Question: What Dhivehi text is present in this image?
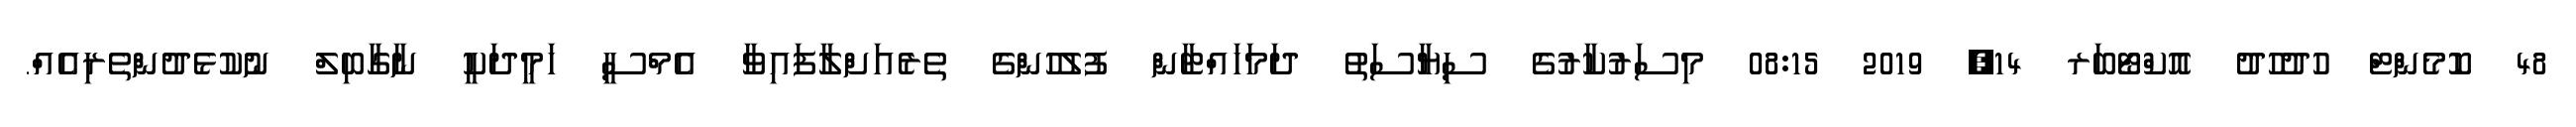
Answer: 48 ކޮމެންޓް ހުދުހުދު އޮކްޓޯބަރ 14, 2019 08:15 މިސަރުކާރުގެ ސިޔާސަތު ދަމަހައްޓާން ފުލުހުންގެ ތެރެއަށްލާފައިވާ އެމްސީ ހަމީދަކީ ނާގާބިލް ނުކުޅެދުންތެރިއެއް.